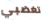
تغضبي